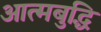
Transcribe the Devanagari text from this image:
आत्मबुद्धि